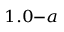
_ { 1 . 0 - a }